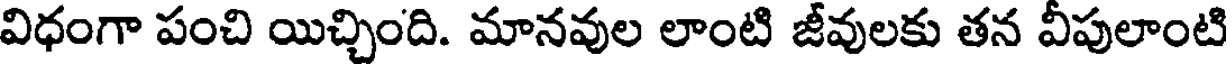
విధంగా పంచి యిచ్చింది. మానవుల లాంటి జీవులకు తన వీపులాంటి